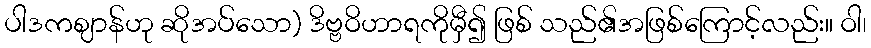
ပါဒကဈာန်ဟု ဆိုအပ်သော) ဒိဗ္ဗဝိဟာရကိုမှီ၍ ဖြစ် သည်၏အဖြစ်ကြောင့်လည်း။ ဝါ၊